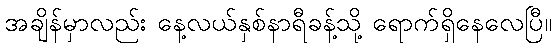
အချိန်မှာလည်း နေ့လယ်နှစ်နာရီခန့်သို့ ရောက်ရှိနေလေပြီ။